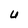
Character: U